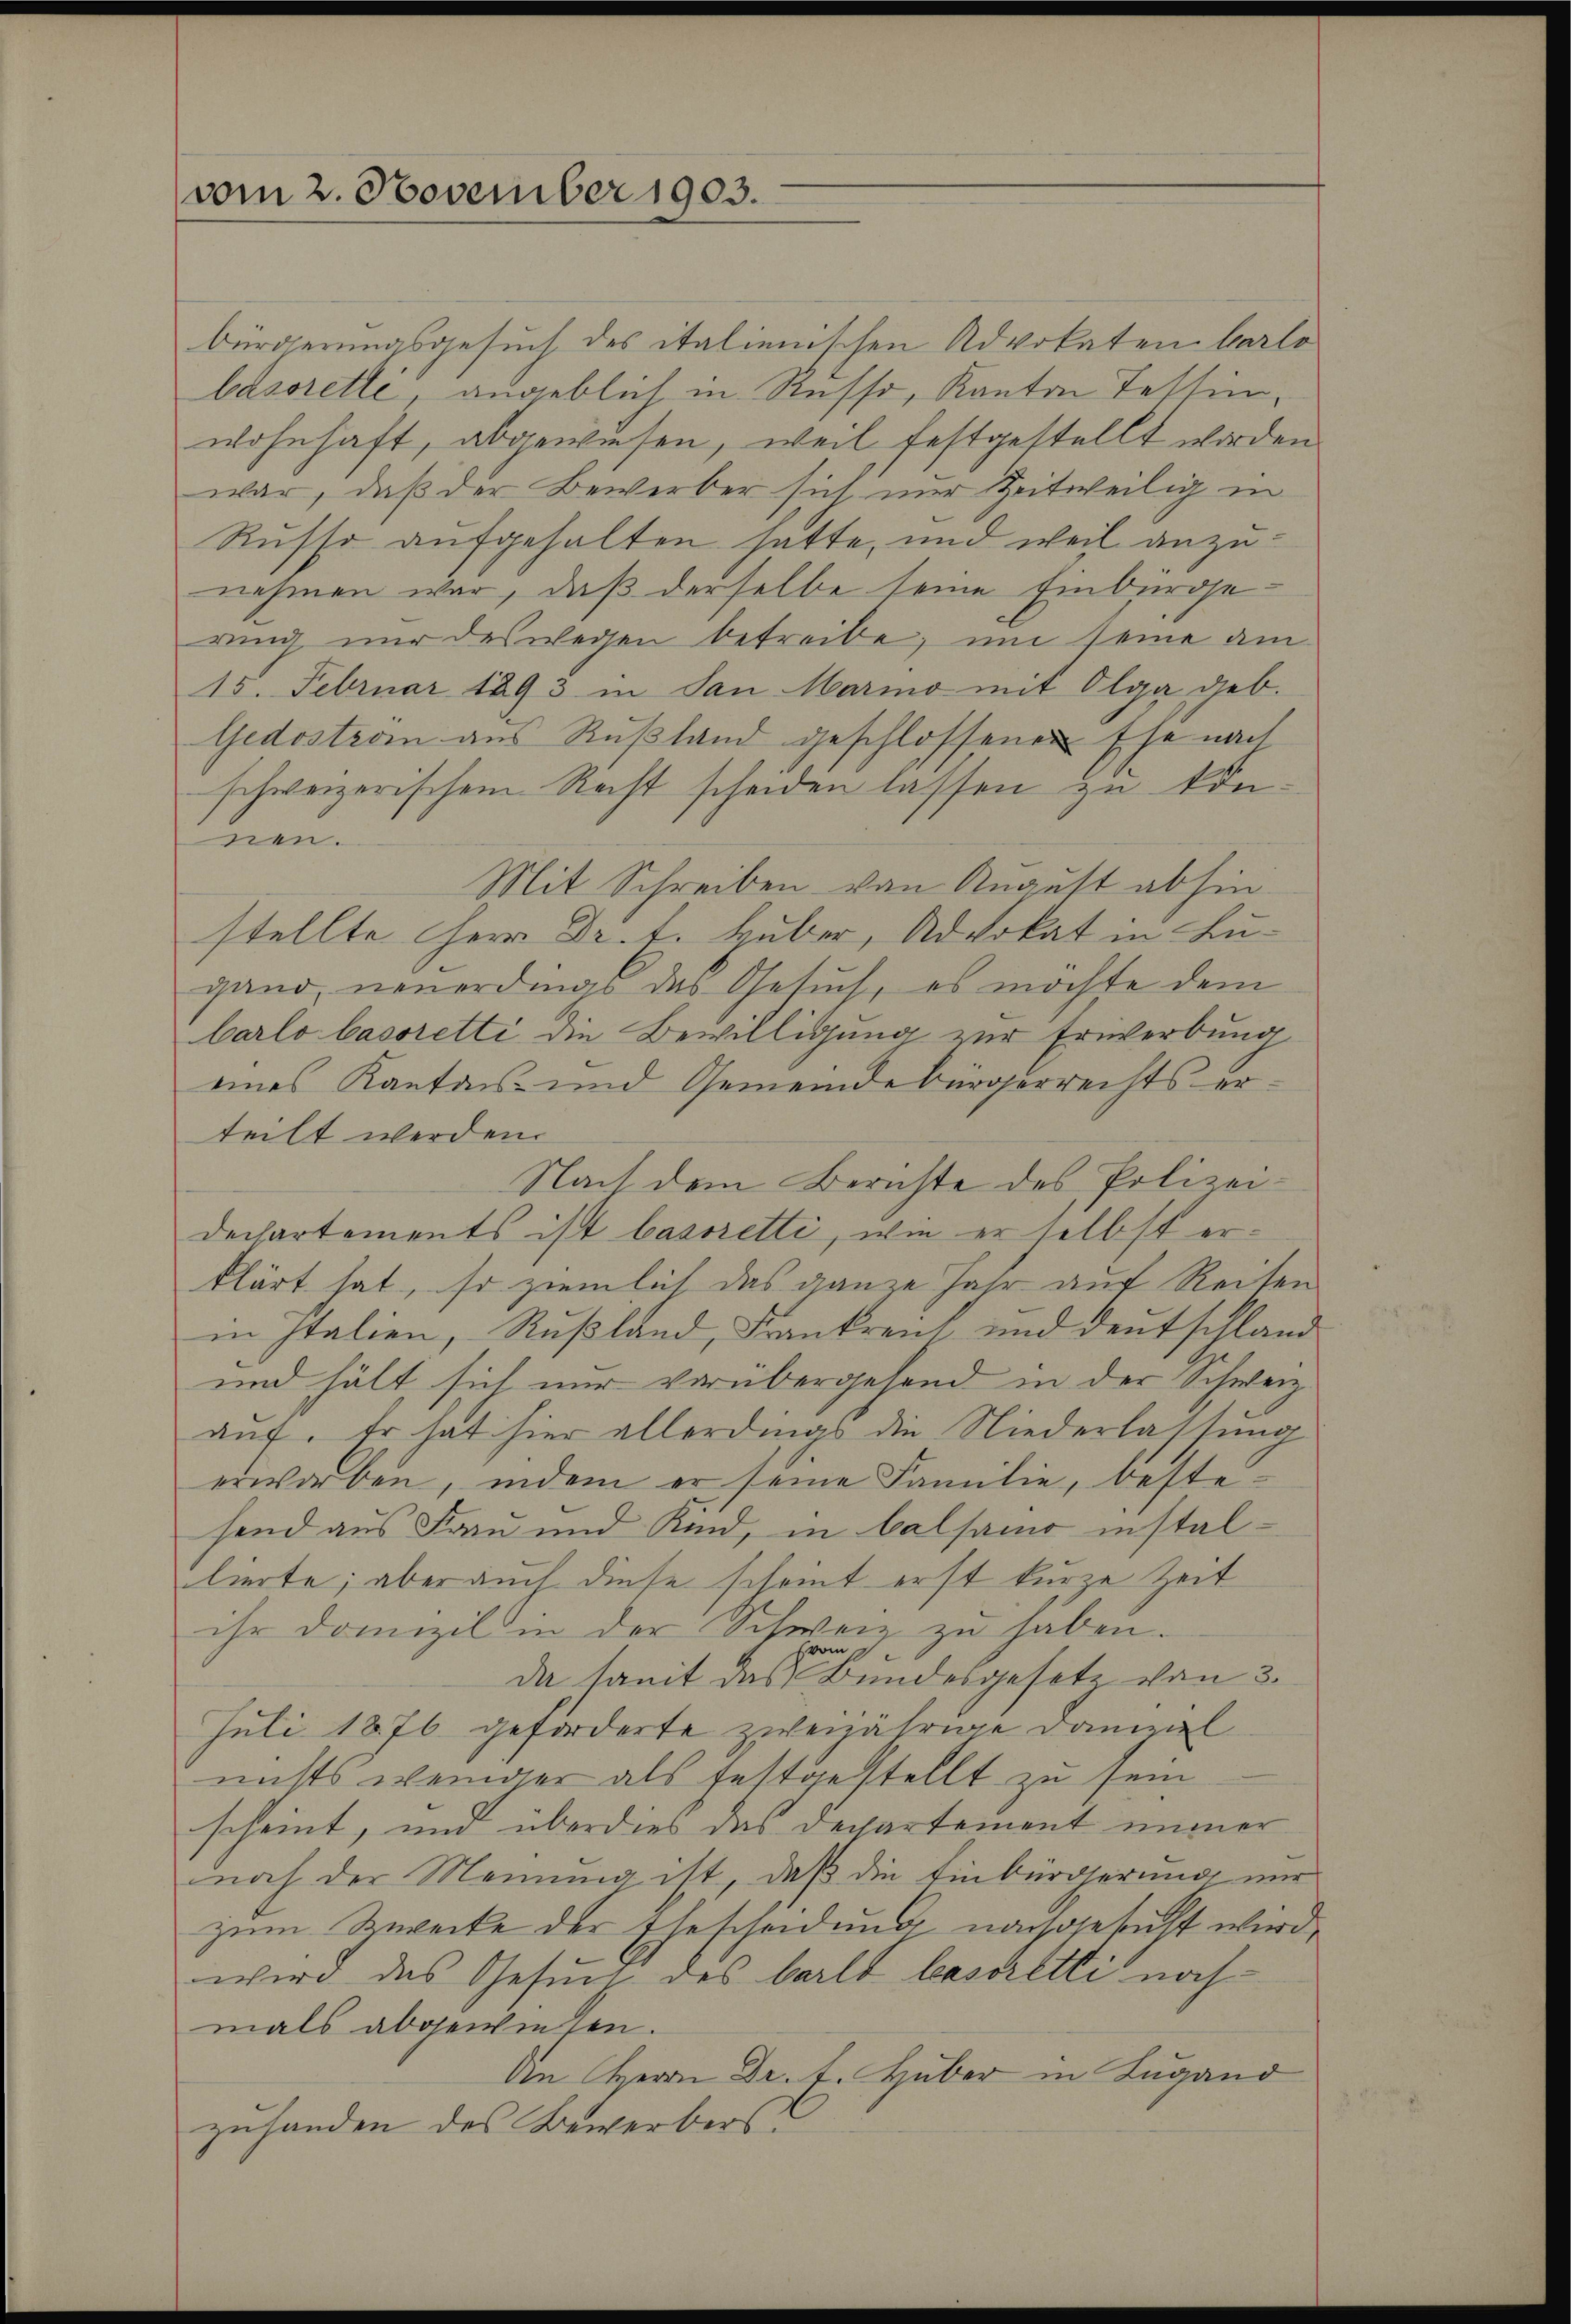
vom 2. November 1903.

bürgerungsgesuch des italienischen Advokaten Carlo
basorette angeblich in Russo, Kanton Tessin-
wohnhaft, abgewiesen, weil festgestellt worden
war, daß der Bewerber sich nur Zeitweilig in
Russo aufgehalten hatte, und weil anzunehmen war, daß derselbe seine Einbürgerung nur des wegen betreibe, um seine am
15. Februar 1893 in San Mario mit Olga geb.
Gedoström aus Rußland geschlossenen Ehe nach
schweizerischem Recht scheiden lassen zu Einnen.
Mit Schreiben von August abhin
stellte Herr Dr. t. Huber, Advokat in Lugand, neuerdings das Gesuch, es möchte dem
barlo basoretti die Bewilligung zur Erwerbung
eines Kantons- und Gemeindebürgerrechts erteilt werden.
Nach dem Berichte des Polizeidechartements ist basoretti, wie er selbst erklärt hat, so ziemlich das ganze Jahr auf Reiten
in Italien, Rußland, Frankreich und Deutschland
und hält sich nur vorübergehend in der Schweiz.
auf. Er hat hier allerdings die Niederlassung
erworben, indem er seine Familie, bestesend aus Frau und Kind, in Balsamo installierte; aber auch diese scheint erst kurze Zeit
ihr Domizil in der Schweiz zu haben.
(vom
da samt das Bundesgesetz von 3.
Juli 1876 geforderte zweijährige Damal
nichts weniger als festgestellt zu sein
scheint, und überdies das Dechartement immer
noch der Meinung ist, daß die Einbürgerung nur
zum Zwecke der Ehescheidung nachgesucht wird,
wird das Gesuch des barlt bestretti noch
mals abgewiesen.
Die Herrn Dr. t. Huber in Lugand
zuhanden des Bewerbers

g